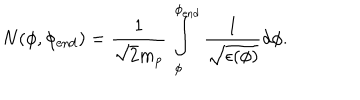
LaTeX: N ( \phi , \phi _ { \mathrm { e n d } } ) = \frac { 1 } { \sqrt { 2 } m _ { p } } \int _ { \phi } ^ { \phi _ { \mathrm { e n d } } } \frac { 1 } { \sqrt { \epsilon ( \phi ) } } d \phi .